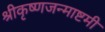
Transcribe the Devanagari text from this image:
श्रीकृष्णजन्माष्टमी